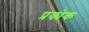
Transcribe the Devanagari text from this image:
प्रक्येक